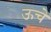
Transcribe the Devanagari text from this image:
ऊचें